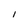
Character: i